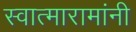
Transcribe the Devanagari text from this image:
स्वात्मारामांनी